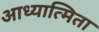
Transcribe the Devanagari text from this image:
आध्यात्मिता